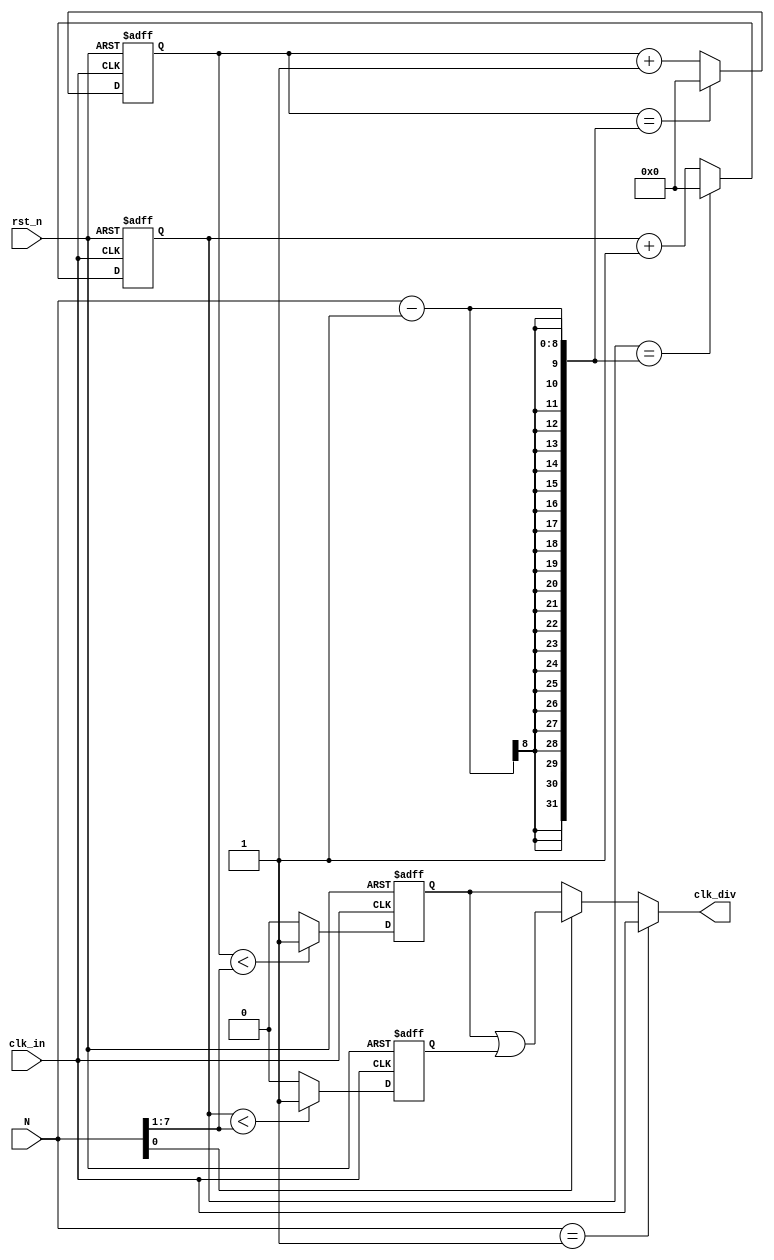
// This program was cloned from: https://github.com/Nitcloud/Digital-IDE
// License: GNU General Public License v3.0

/*
,,
,,, ,
,1,,2
 121/32/3

50%,
,,
,50%
 
50%N,
N, ,N-1/250%n
N, ,
,N-1/2,50%n
50%n ,50%n

n,n/2,(n-1)/2+0.5,
 50%
*/

/*******************************************************************************/
// wire             clk_div;
// CLK_DIV #
// (.WIDTH(8))
// CLK_DIV_u
// (
//     .clk_in(clk_sys),
//     .rst_n(1'b1),
//     .N(2),
//     .clk_div(clk_div)
// );
/*******************************************************************************/
`timescale 1ns / 1ps
module CLK_DIV #
(
    parameter WIDTH = 8
)
(
    input                 clk_in,
    input                 rst_n,
    input  [WIDTH - 1:0]  N,
    output                clk_div
);

reg [WIDTH-1:0] cnt_p = 0;// 
reg [WIDTH-1:0] cnt_n = 0;// 
reg             clk_in_p = 0;// 
reg             clk_in_n = 0;// 

//N==1N[0]1
assign clk_div = (N == 1) ? clk_in : (N[0])   ? (clk_in_p | clk_in_n) : (clk_in_p);
        
always@(posedge clk_in or negedge rst_n) begin
    if (!rst_n)
        cnt_p <= 0;
    else if (cnt_p == (N-1))
        cnt_p <= 0;
    else
        cnt_p <= cnt_p + 1;
end

always@(posedge clk_in or negedge rst_n) begin
    if (!rst_n) 
        clk_in_p <= 1;//001
    else if (cnt_p < (N>>1))/*NN/2*/
        clk_in_p <= 1;
    else
        clk_in_p <= 0;    
end

always@(negedge clk_in or negedge rst_n) begin
    if (!rst_n)
        cnt_n <= 0;
    else if (cnt_n == (N-1))
        cnt_n <= 0;
    else
        cnt_n <= cnt_n + 1;
end

always@(negedge clk_in or negedge rst_n) begin
    if (!rst_n)
        clk_in_n <= 1;
    else if (cnt_n < (N>>1))
        clk_in_n <= 1;
    else
        clk_in_n <= 0;
end

endmodule